Eesti_Rahvusfond, lk 181
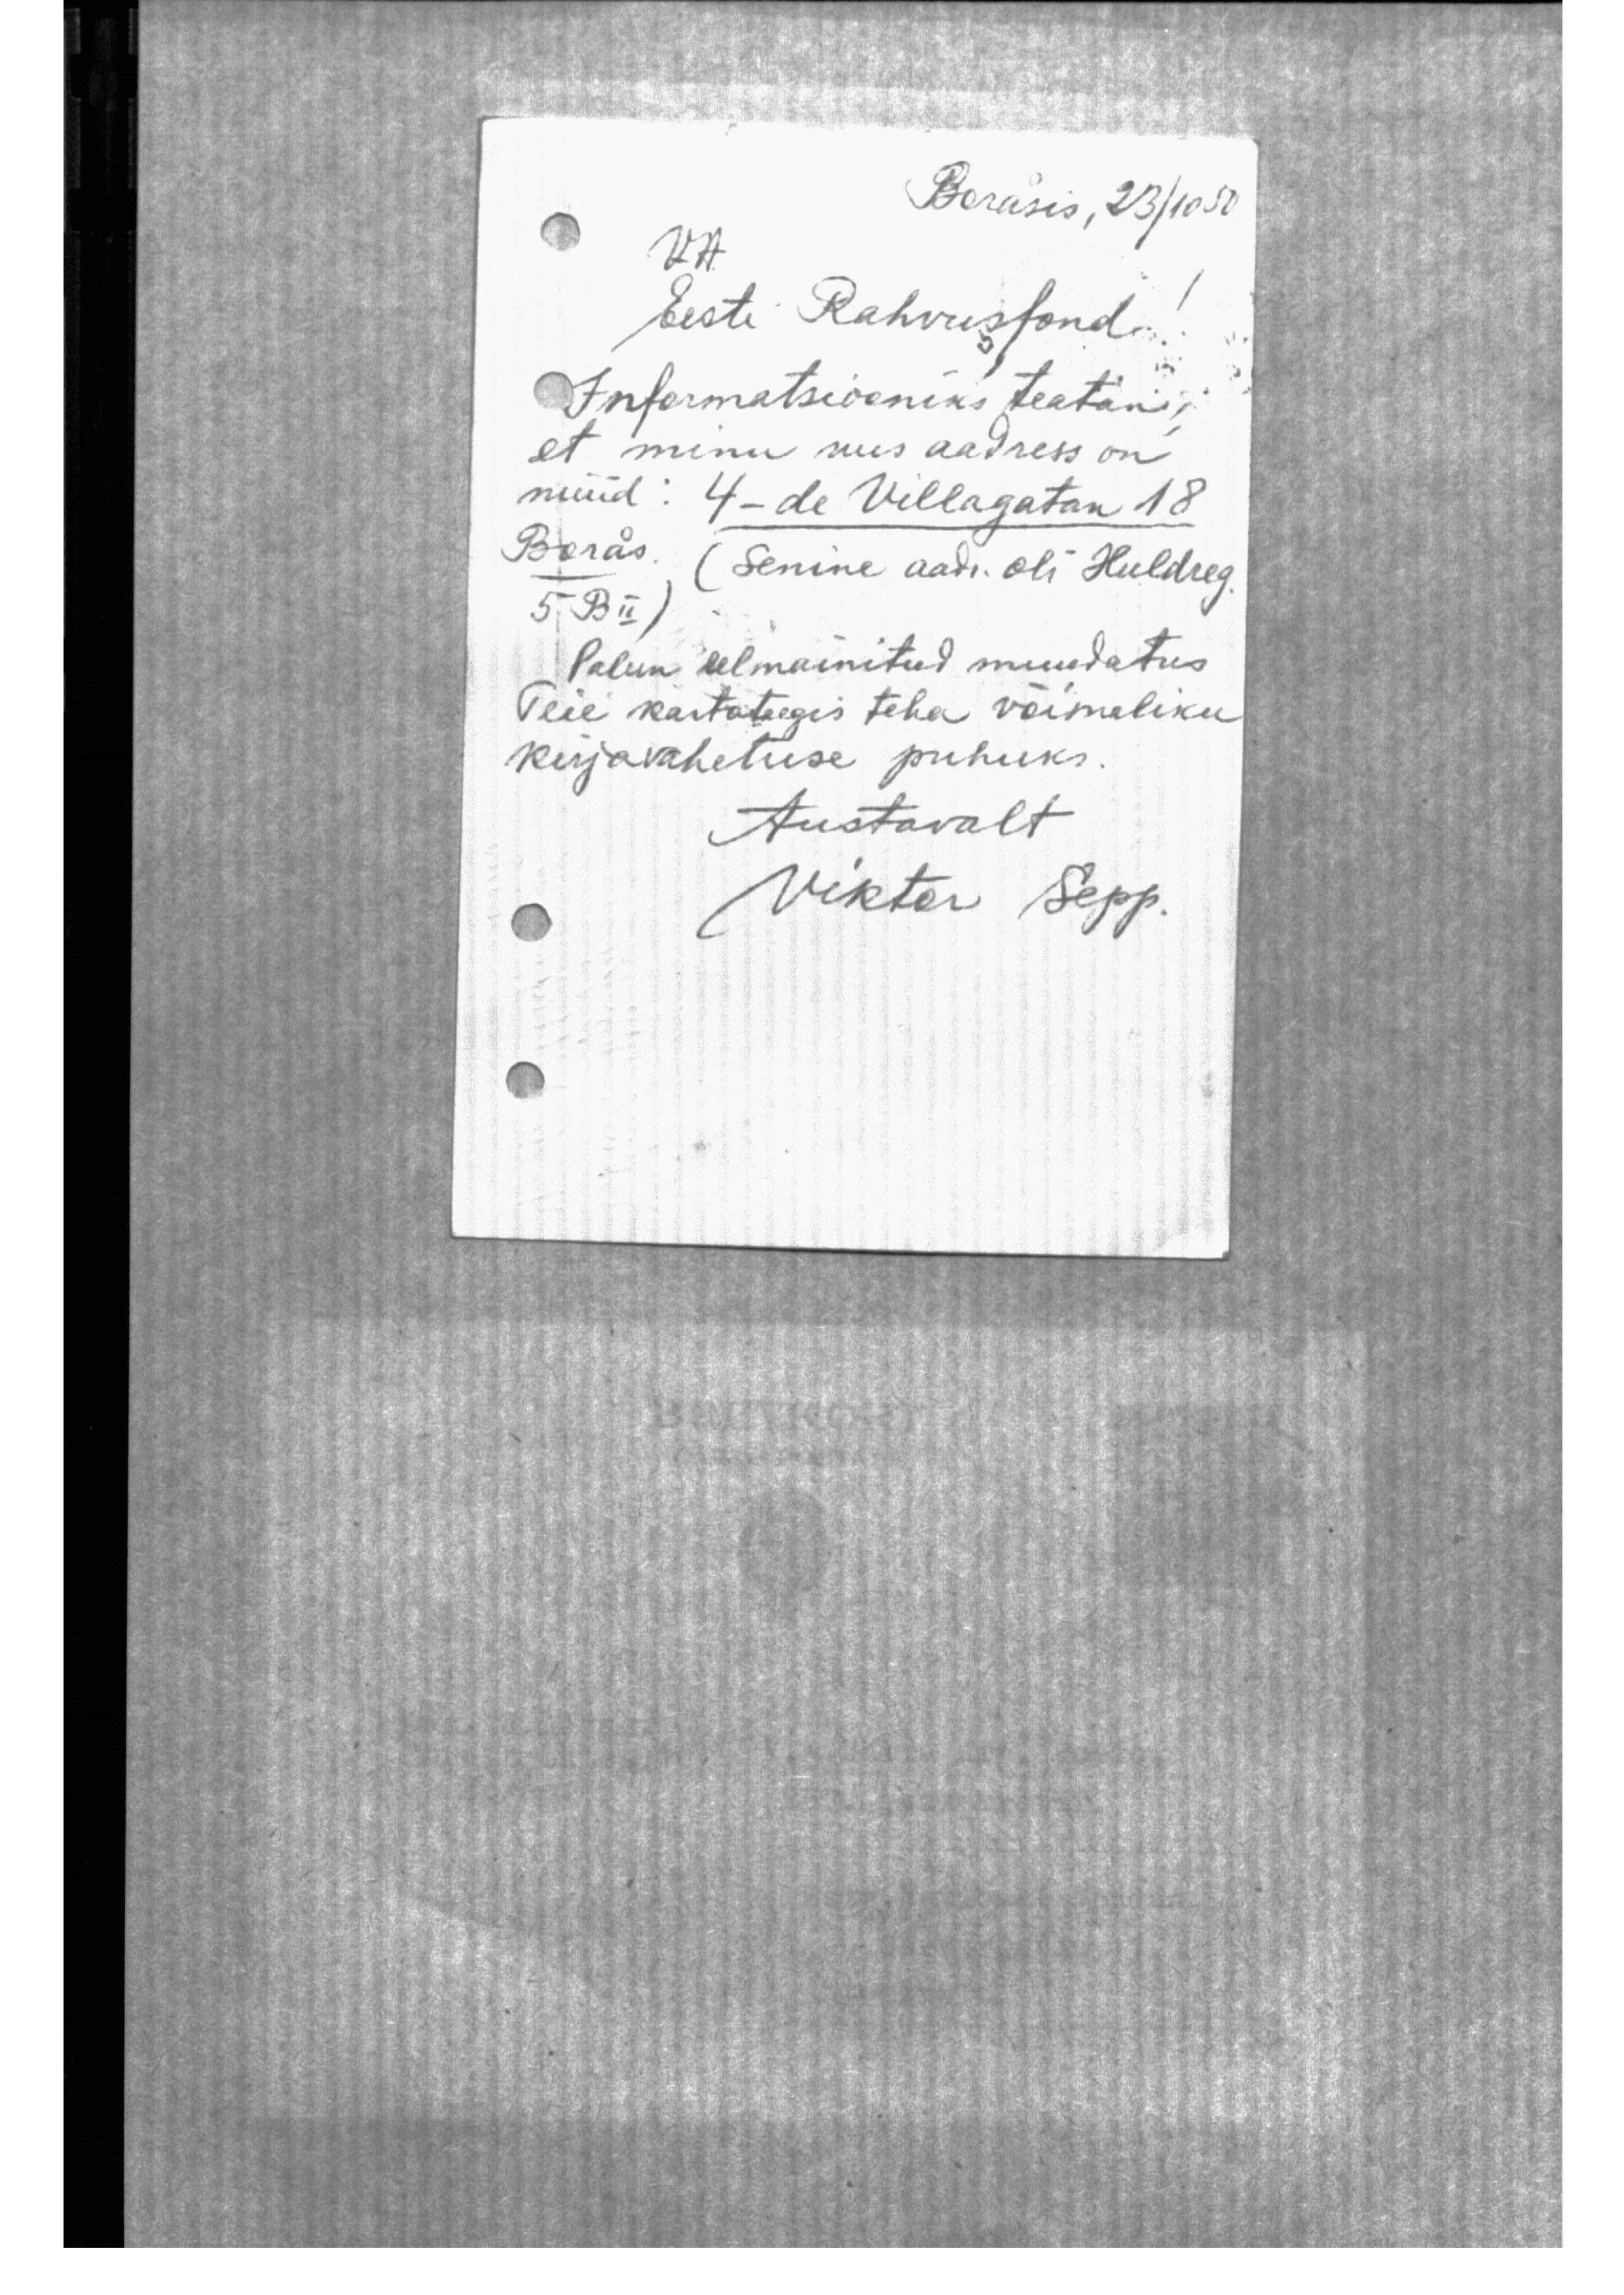
Borasis, 23/10 50
v.a
Eesti Rahvusfond.
Informatsiooniks teatan,
et minu uus aadress on
nüüd: 4-de Villagatan 18
Boras. (Senine aadr. oli Huldreg.
5. BII)
Palun eelmainitud muudatus
Teie kartoteegis teha võimaliku
kirjavahetuse puhuks.
Austavalt
Viktor Sepp